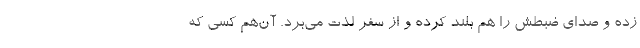
زده و صدای ضبطش را هم بلند کرده و از سفر لذت می‌برد. آن‌هم کسی که